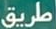
طريق